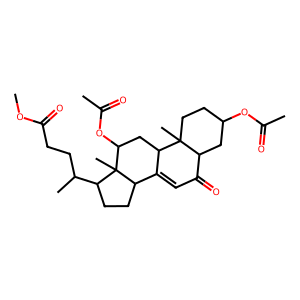
SMILES: COC(=O)CCC(C)C1CCC2C3=CC(=O)C4CC(OC(C)=O)CCC4(C)C3CC(OC(C)=O)C21C
Inhibits HIV replication: No